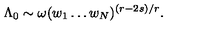
\Lambda _ { 0 } \sim \omega ( w _ { 1 } \ldots w _ { N } ) ^ { ( r - 2 s ) / r } .